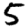
Digit: 5